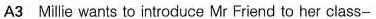
A3 Mi lie wants to introduce Mr Friend to her class-